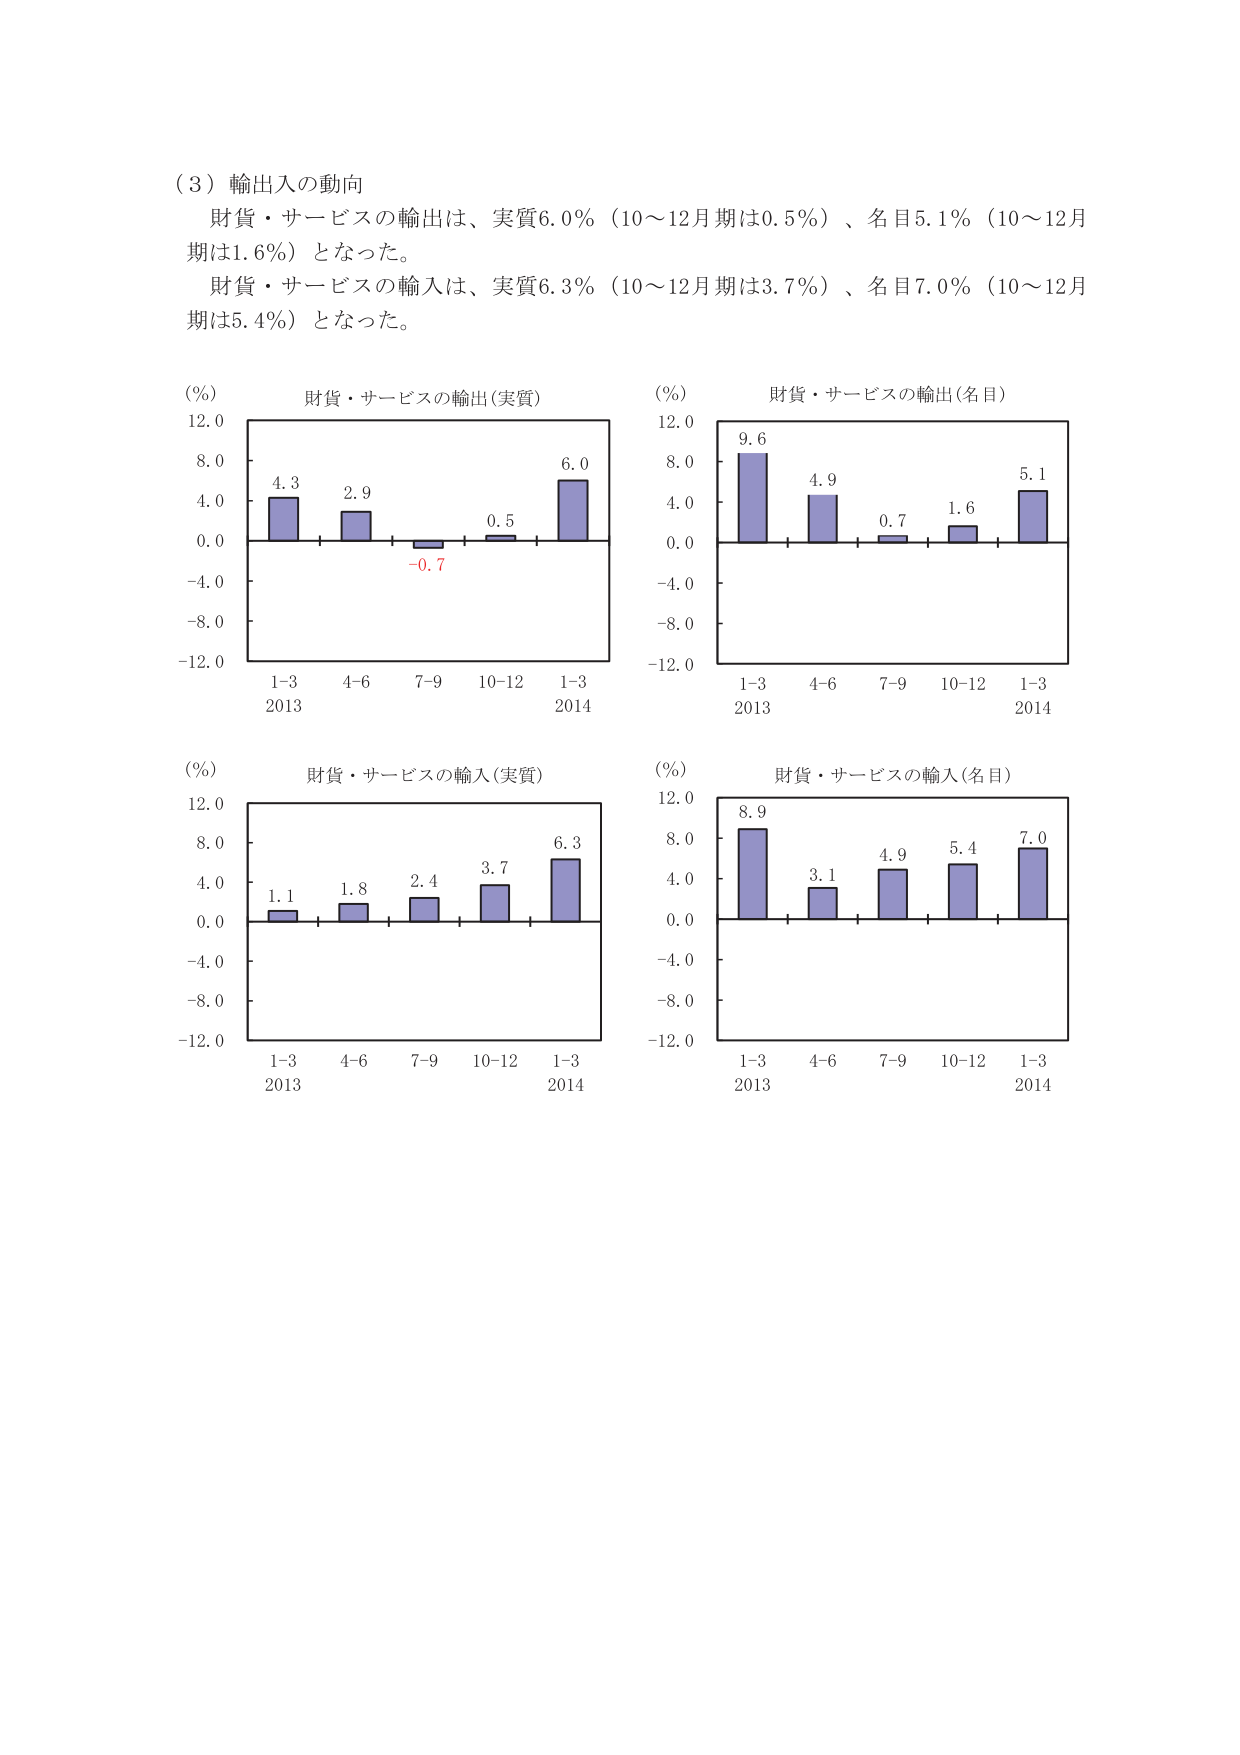
（３）輸出入の動向
財貨・サービスの輸出は、実質6.0％（10～12月期は0.5％）、名目5.1％（10～12月期は1.6％）となった。
財貨・サービスの輸入は、実質6.3％（10～12月期は3.7％）、名目7.0％（10～12月期は5.4％）となった。

（％）
財貨・サービスの輸出（実質）
12.0
8.0
4.0
0.0
-4.0
-8.0
-12.0
4.3
2.9
-0.7
0.5
6.0
1-3
4-6
7-9
10-12
1-3
2013
2014

（％）
財貨・サービスの輸出（名目）
12.0
8.0
4.0
0.0
-4.0
-8.0
-12.0
9.6
4.9
0.7
1.6
5.1
1-3
4-6
7-9
10-12
1-3
2013
2014

（％）
財貨・サービスの輸入（実質）
12.0
8.0
4.0
0.0
-4.0
-8.0
-12.0
1.1
1.8
2.4
3.7
6.3
1-3
4-6
7-9
10-12
1-3
2013
2014

（％）
財貨・サービスの輸入（名目）
12.0
8.0
4.0
0.0
-4.0
-8.0
-12.0
8.9
3.1
4.9
5.4
7.0
1-3
4-6
7-9
10-12
1-3
2013
2014